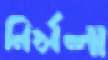
নির্মলা